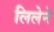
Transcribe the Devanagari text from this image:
लिलेने